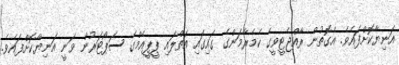
އަނިޔާކޮށްފައެވެ. އެގޮތުން ރާއްޖެޓީވީގެ ކެމެރާމަންގެ ގައިގައި އަތްލައި ޕީޕީއެމްގެ ސަޕޯޓަރުން ވަނީ އަނިޔާކޮށްފައެވެ.